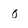
Character: 0